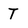
Character: T